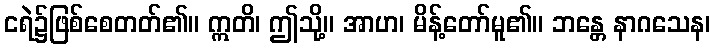
ငရဲ၌ဖြစ်စေတတ်၏။ ဣတိ၊ ဤသို့။ အာဟ၊ မိန့်တော်မူ၏။ ဘန္တေ နာဂသေန၊